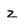
Character: z